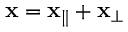
{ \bf x } = { \bf x } _ { \parallel } + { \bf x } _ { \perp }